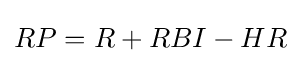
RP=R+RBI-HR